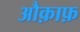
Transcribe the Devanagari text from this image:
औक़ाफ़